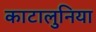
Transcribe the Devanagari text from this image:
काटालुनिया